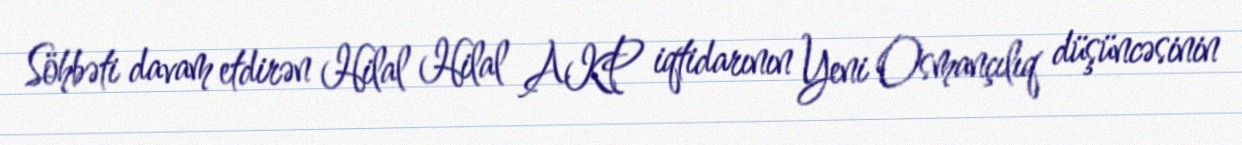
Söhbəti davam etdirən Hilal Hilal AKP iqtidarının Yeni Osmançılıq düşüncəsinin